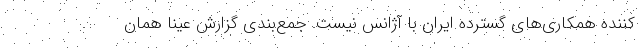
کننده همکاری‌های گسترده ایران با آژانس نیست. جمع‌بندی گزارش عینا همان